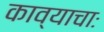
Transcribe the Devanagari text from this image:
काव्याचाः